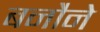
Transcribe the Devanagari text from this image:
बनौने